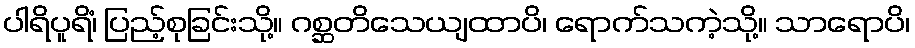
ပါရိပူရိံ၊ ပြည့်စုခြင်းသို့။ ဂစ္ဆတိသေယျထာပိ၊ ရောက်သကဲ့သို့။ သာရောပိ၊